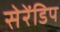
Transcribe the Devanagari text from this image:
सेरेंडिप